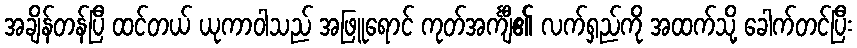
အချိန်တန်ပြီ ထင်တယ် ယုကာဝါသည် အဖြူရောင် ကုတ်အင်္ကျီ၏ လက်ရှည်ကို အထက်သို့ ခေါက်တင်ပြီး